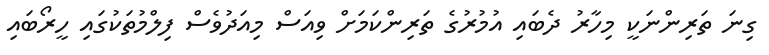
ގިނަ ތަރިންނަކީ މިހާރު ދެބައި އުމުރުގެ ތަރިންކަމަށް ވިއަސް މިއަދުވެސް ފިލްމުތަކުގައި ހީރޯބައި